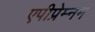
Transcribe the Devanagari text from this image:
एपीप्रेम्नम